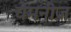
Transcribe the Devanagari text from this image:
चेमनीज़